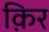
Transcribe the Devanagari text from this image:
क़िर